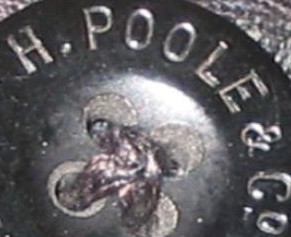
H.POOLE&C.O